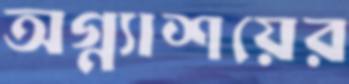
অগ্ন্যাশয়ের